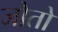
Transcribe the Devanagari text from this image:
जोतो